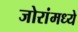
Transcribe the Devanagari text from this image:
जोरांमध्ये